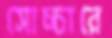
সোচ্চারে